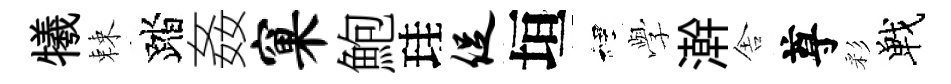
犧棘踏姦窠鮑珪促垣裡𫝯澣舎尊彩戰